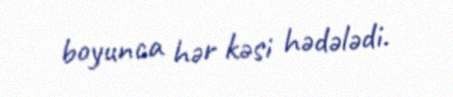
boyunca hər kəsi hədələdi.